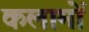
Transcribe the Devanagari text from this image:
कलामों